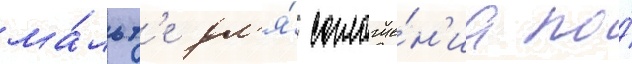
ма́льт'е дл'я́ соглаше́н'иа по́